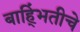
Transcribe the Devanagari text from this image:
बाह्भिंतीचे